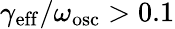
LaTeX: \gamma_{\mathrm{eff}}/\omega_{\mathrm{osc}}>0.1